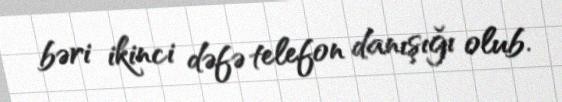
bəri ikinci dəfə telefon danışığı olub.